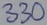
Text: 330